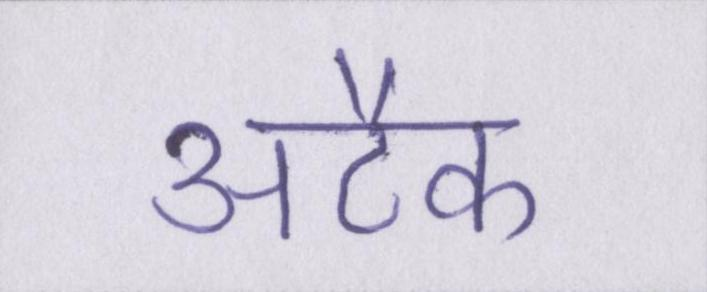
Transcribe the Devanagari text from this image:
अटैक